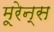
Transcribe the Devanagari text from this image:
मूरेन्स